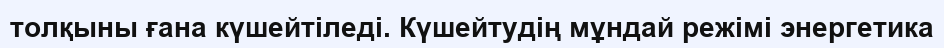
толқыны ғана күшейтіледі. Күшейтудің мұндай режімі энергетика